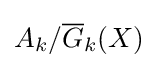
A_{k}/{\overline {G}}_{k}(X)